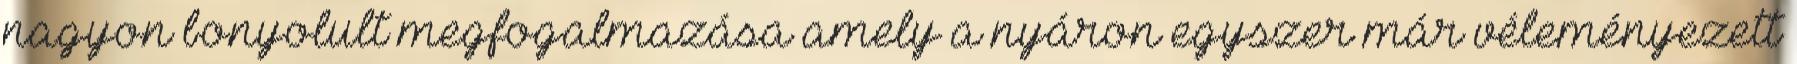
nagyon bonyolult megfogalmazása amely a nyáron egyszer már véleményezett